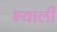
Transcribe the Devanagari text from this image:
भ्याली